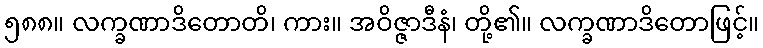
၅၈၈။ လက္ခဏာဒိတောတိ၊ ကား။ အဝိဇ္ဇာဒီနံ၊ တို့၏။ လက္ခဏာဒိတောဖြင့်။